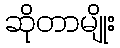
ဆိုတာမျိုး